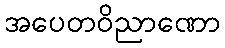
အပေတဝိညာဏော